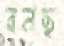
বনছ